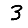
Digit: 3